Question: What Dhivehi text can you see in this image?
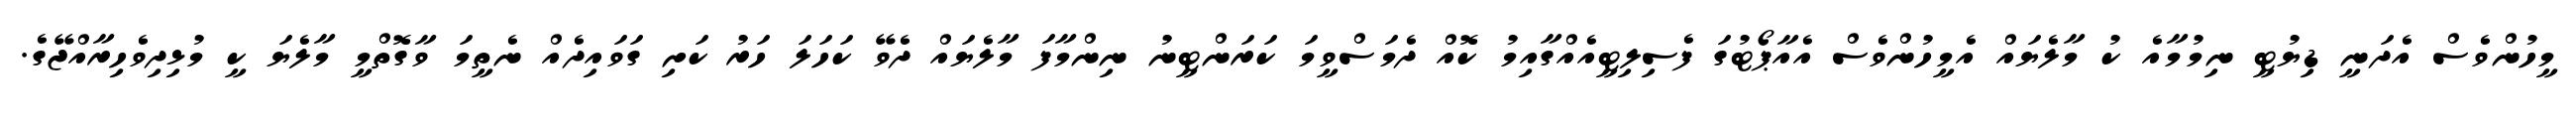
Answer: މީހުންވެސް އެދަނީ ޑިޔުޓީ ނިމުމާއެ ކު މާލެޔައް އެމީހުންވެސް އެއާޕޯޓުގަ ފެސިލިޓީއެއްގާއިމު ކޮއް ދެމަސްވީމަ ކަރަންޓީނު ނިންމާފަ މާލެޔައް ދެވޭ ކަހަލަ ހަރު ކަށި ގަވައިދެއް ނެތީމަ ވާގޮތްމީ މާލެޔަ ކީ މުޅިދިވެހިރާއްޖޭގެ.